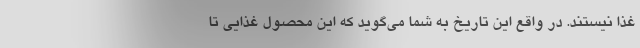
غذا نیستند. در واقع این تاریخ به شما می‌گوید که این محصول غذایی تا